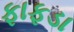
ફાફડા